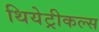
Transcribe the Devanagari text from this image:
थियेट्रीकल्स